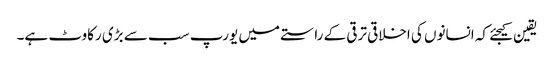
یقین کیجئے کہ انسانوں کی اخلاقی ترقی کے راستے میں یورپ سب سے بڑی رکاوٹ ہے۔